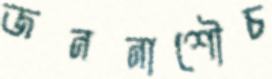
জননাশৌচ